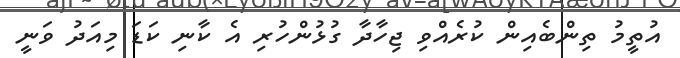
އުތީމު ތިންބެއިން ކުރެއްވި ޖިހާދާ ގުޅުންހުރި އެ ކާނި ކަޑަ މިއަދު ވަނީ